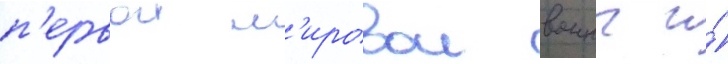
п'ервои м'ировои воины и́